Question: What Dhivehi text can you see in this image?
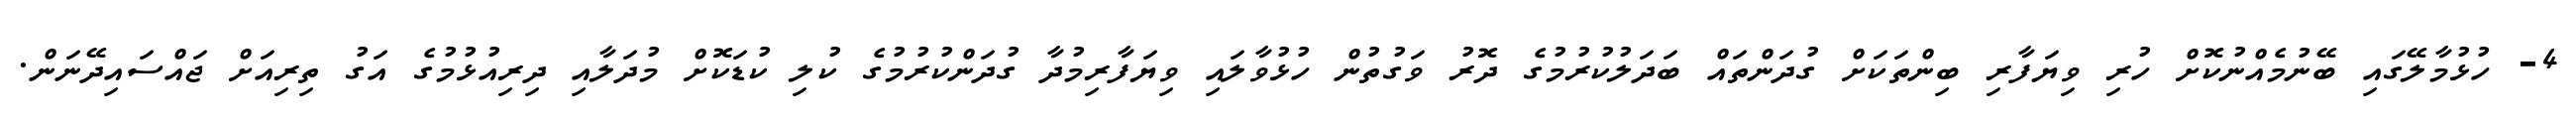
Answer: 4- ހުޅުމާލޭގައި ބޭނުމެއްނުކޮށް ހުރި ވިޔަފާރި ބިންތަކަށް ގުދަންތައް ބަދަލުކުރުމުގެ ދޮރު ވަގުތުން ހުޅުވާލައި ވިޔަފާރިމުދާ ގުދަންކުރުމުގެ ކުލި ކުޑަކޮށް މުދަލާއި ދިރިއުޅުމުގެ އަގު ތިރިއަށް ޖައްސައިދޭނަން.